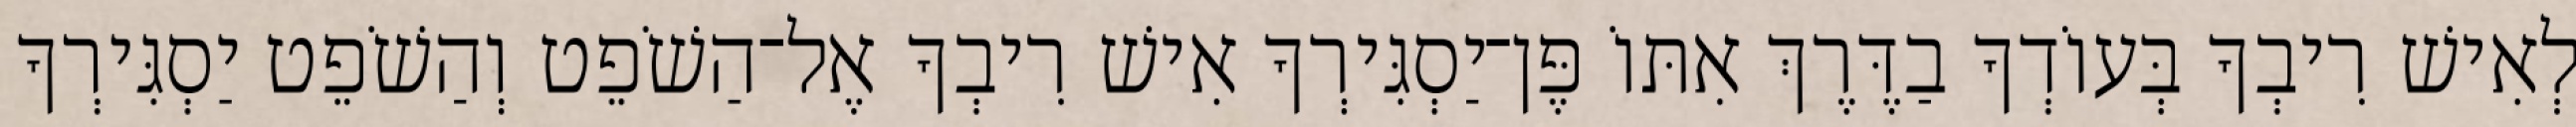
לְאִישׁ רִיבְךָ בְּעוֹדְךָ בַדֶּרֶךְ אִתּוֹ פֶּן־יַסְגִּירְךָ אִישׁ רִיבְךָ אֶל־הַשֹׁפֵט וְהַשֹׁפֵט יַסְגִּירְךָ